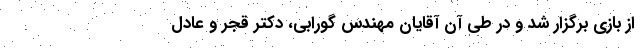
از بازی برگزار شد و در طی آن آقایان مهندس گورابی، دکتر قجر و عادل